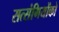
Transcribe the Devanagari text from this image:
सत्‍संगियोंको